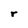
Character: r